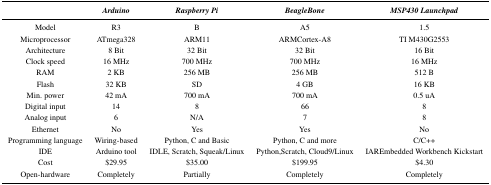
<table><thead><tr><td></td><td><b><i>Arduino</i></b></td><td><b><i>Raspberry Pi</i></b></td><td><b><i>BeagleBone</i></b></td><td><b><i>MSP430 Launchpad</i></b></td></tr></thead><tbody><tr><td>Model</td><td>R3</td><td>B</td><td>A5</td><td>1.5</td></tr><tr><td>Microprocessor</td><td>ATmega328</td><td>ARM11</td><td>ARMCortex-A8</td><td>TI M430G2553</td></tr><tr><td>Architecture</td><td>8 Bit</td><td>32 Bit</td><td>32 Bit</td><td>16 Bit</td></tr><tr><td>Clock speed</td><td>16 MHz</td><td>700 MHz</td><td>700 MHz</td><td>16 MHz</td></tr><tr><td>RAM</td><td>2 KB</td><td>256 MB</td><td>256 MB</td><td>512 B</td></tr><tr><td>Flash</td><td>32 KB</td><td>SD</td><td>4 GB</td><td>16 KB</td></tr><tr><td>Min. power</td><td>42 mA</td><td>700 mA</td><td>700 mA</td><td>0.5 uA</td></tr><tr><td>Digital input</td><td>14</td><td>8</td><td>66</td><td>8</td></tr><tr><td>Analog input</td><td>6</td><td>N/A</td><td>7</td><td>8</td></tr><tr><td>Ethernet</td><td>No</td><td>Yes</td><td>Yes</td><td>No</td></tr><tr><td>Programming language</td><td>Wiring-based</td><td>Python, C and Basic</td><td>Python, C and more</td><td>C/C++</td></tr><tr><td>IDE</td><td>Arduino tool</td><td>IDLE, Scratch, Squeak/Linux</td><td>Python,Scratch, Cloud9/Linux</td><td>IAREmbedded Workbench Kickstart</td></tr><tr><td>Cost</td><td>$29.95</td><td>$35.00</td><td>$199.95</td><td>$4.30</td></tr><tr><td>Open-hardware</td><td>Completely</td><td>Partially</td><td>Completely</td><td>Completely</td></tr></tbody></table>